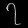
Digit: ၇